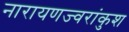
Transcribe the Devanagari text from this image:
नारायणज्वरांकुश